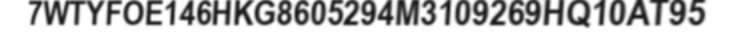
7WTYFOE146HKG8605294M3109269HQ10AT95